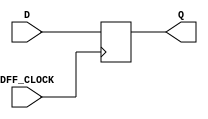
module my_dff(input DFF_CLOCK, D, output reg Q = 0);
    always @ (posedge DFF_CLOCK) begin
     Q <= D;
    end
endmodule